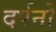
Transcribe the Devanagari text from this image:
दर्पनो